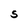
Character: S